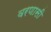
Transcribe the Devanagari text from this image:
वरणासी